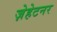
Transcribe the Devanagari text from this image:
ज़ेहेटनर